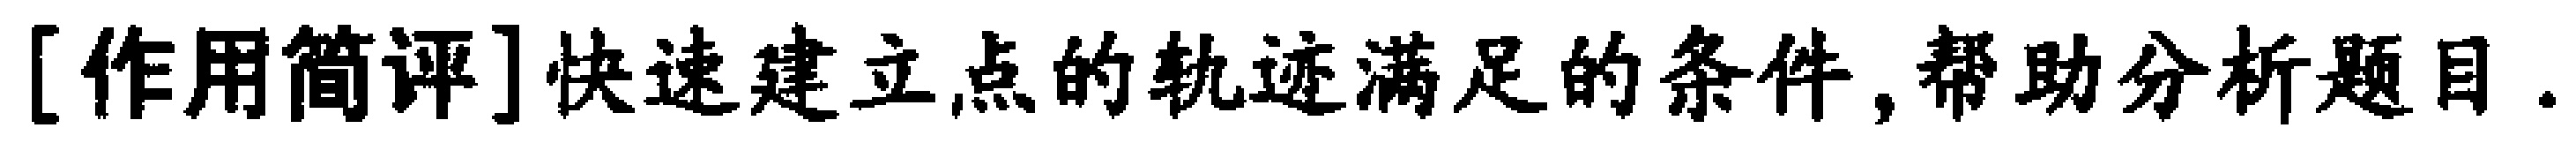
[作用简评]快速建立点的轨迹满足的条件,帮助分析题目.